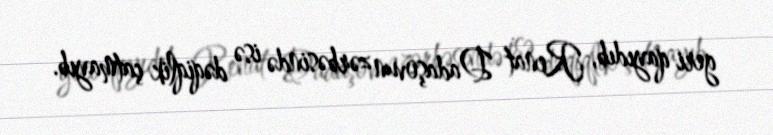
geri qayıdıb, Renat Dadaşovun zərbəsində isə dəqiqlik çatmayıb.